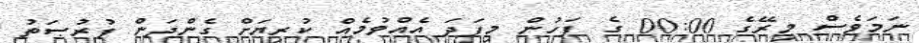
ނަމަވެސް މިރޭގެ 00:00 ގެ ފަހުން މިފަދަ އެއްވުމެއް ކުރިޔަށް ގެންދަން ފުރުޞަތު